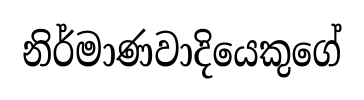
නිර්මාණවාදියෙකුගේ